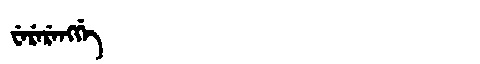
Manchu: ᠸᡝᡵᡝᡵᡝᠩᡤᡝ
Romanization: WERERENGGE